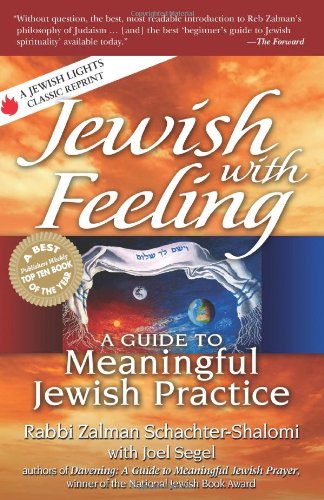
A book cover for Jewish with Feeling: A Guide to Meaningful Jewish Practice (For People of All Faiths, All Backgrounds); Rabbi Zalman M. Schachter-Shalomi; Religion & Spirituality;